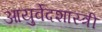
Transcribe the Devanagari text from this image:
आयुर्वेदशास्‍त्री